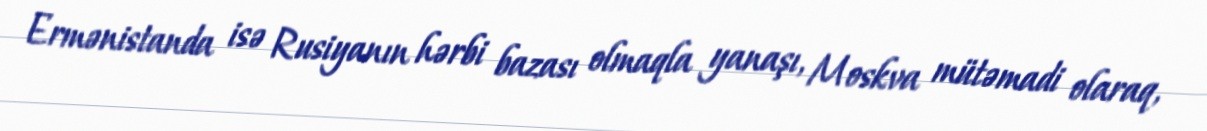
Ermənistanda isə Rusiyanın hərbi bazası olmaqla yanaşı, Moskva mütəmadi olaraq,